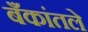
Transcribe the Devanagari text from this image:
बँकांतले